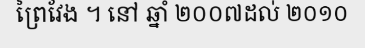
ព្រៃវែង ។ នៅ ឆ្នាំ ២០០៧ដល់ ២០១០